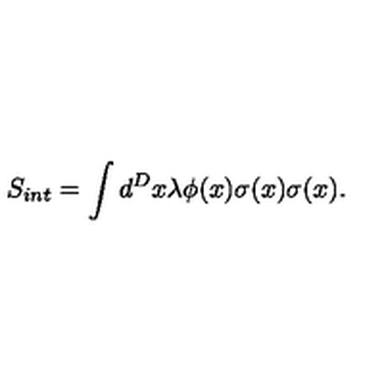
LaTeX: S _ { i n t } = \int d ^ { D } x \lambda \phi ( x ) \sigma ( x ) \sigma ( x ) .